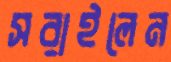
সরাইলেন